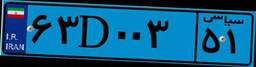
۶۳D۰۰۳۵۱